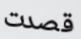
قصدت